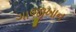
ગાજીખાન